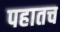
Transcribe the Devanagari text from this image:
पहातच